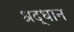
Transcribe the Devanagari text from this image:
श्रद्धान